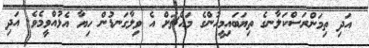
އަދި ތިމަންރަސްކަލާނގެ ތިޔަބައިމީހުންގެ މައްޗަށް އެ ވިލާގަނޑުން ހިޔާ އެޅުއްވީމެވެ. އަދި